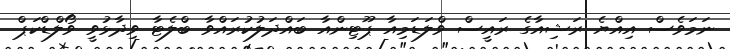
ނަމަވެސް އިއްޔެ ރަޝިއާގެ ރައީސް ވްލަޑަމިއާ ޕޫޓިންއާ ބައްދަލުކުރައްވާ ބްލެޓާ ވިދާޅުވީ ވޯލްޑްކަޕް